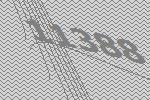
11388